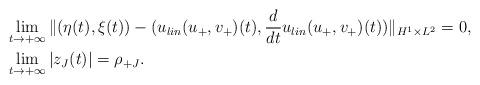
LaTeX: \begin{align*}\begin{aligned}& \lim_{t\to +\infty}\| ( {\eta} (t ) , {\xi } (t )) -(u_{lin}(u_+,v_+)(t) , \frac{d}{dt}u_{lin}(u_+,v_+)(t)) \|_{H^1\times L^2 }=0 , \\& \lim_{t\to +\infty} |z_J(t)| =\rho_{+J} .\end{aligned}\end{align*}